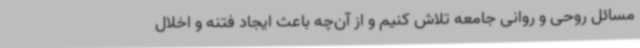
مسائل روحی و روانی جامعه تلاش کنیم و از آن‌چه باعث ایجاد فتنه و اخلال